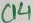
Text: C14